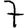
Digit: 7